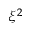
\xi ^ { 2 }